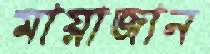
মায়াজান